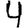
Digit: 4